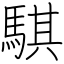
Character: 騏